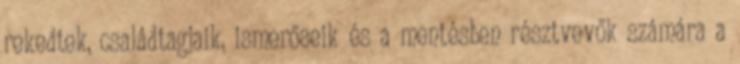
rekedtek, családtagjaik, ismerőseik és a mentésben résztvevők számára a